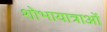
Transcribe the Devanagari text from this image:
शोभायात्राओं